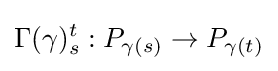
\Gamma (\gamma )_{s}^{t}:P_{\gamma (s)}\rightarrow P_{\gamma (t)}